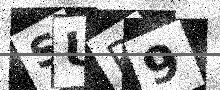
Text: SUP9